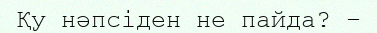
Қу нәпсіден не пайда? –